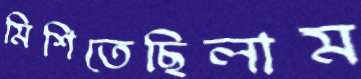
মিশিতেছিলাম